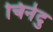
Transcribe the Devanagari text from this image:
चिनेदु